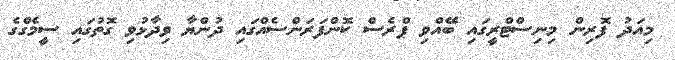
މިއަދު ފޮރިން މިނިސްޓްރީގައި ބޭއްވި ޕްރެސް ކޮންފަރަންސެއްގައި ދުންޔާ ވިދާޅުވި ގޮތުގައި ސީމެގްގެ